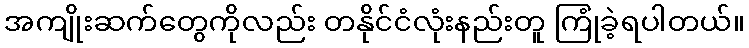
အကျိုးဆက်တွေကိုလည်း တနိုင်ငံလုံးနည်းတူ ကြုံခဲ့ရပါတယ်။